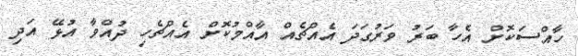
ހާއްސަކޮށް އެހާ ބަރު ވަރުގަދަ އެއްޗެއް އާއްމުކޮށް އެއްޗެހި ދުއްވާ އުޅޭ އަދި